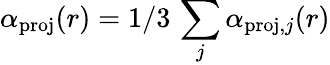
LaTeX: \alpha_{\mathrm{proj}}(r)=1/3\, \sum_{j}\alpha_{\mathrm{proj},j}(r)